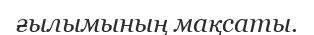
ғылымының мақсаты.